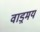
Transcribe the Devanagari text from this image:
वाड़्मय